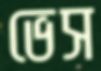
ভেস